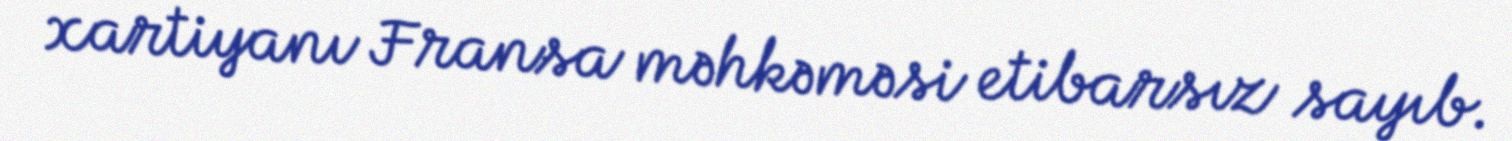
xartiyanı Fransa məhkəməsi etibarsız sayıb.